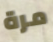
مرة